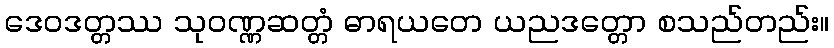
ဒေဝဒတ္တဿ သုဝဏ္ဏဆတ္တံ ဓာရယတေ ယညဒတ္တော စသည်တည်း။